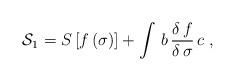
LaTeX: \begin{align*}{\cal S}_1 = S \, [f \, (\sigma)] + \int \, b \, \frac{\delta \, f}{\delta \,\sigma} \, c \; ,\end{align*}